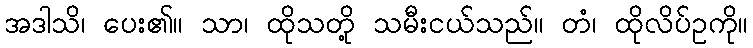
အဒါသိ၊ ပေး၏။ သာ၊ ထိုသတို့ သမီးငယ်သည်။ တံ၊ ထိုလိပ်ဥကို။